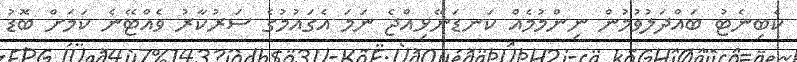
ކެބިނެޓު ބައްދަލުވުމުން ނިންމުމެއް ކަނޑަނޭޅިއްޖެ ނަމަ އެގައުމުގެ ސަރުކާރު ވެއްޓޭނެ ކަމަށް ބޮޑު